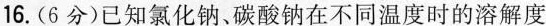
16.(6分)已知氯化钠、碳酸钠在不同温度时的溶解度